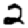
Digit: 2